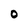
Character: 0